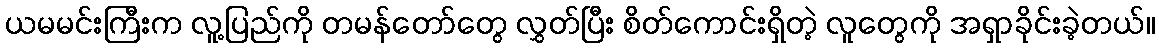
ယမမင်းကြီးက လူ့ပြည်ကို တမန်တော်တွေ လွှတ်ပြီး စိတ်ကောင်းရှိတဲ့ လူတွေကို အရှာခိုင်းခဲ့တယ်။